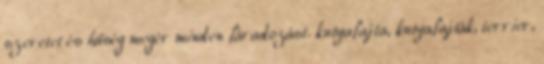
szeretet és hűség megér minden fáradozást. kutyafajta, kutyafajták, terrier,